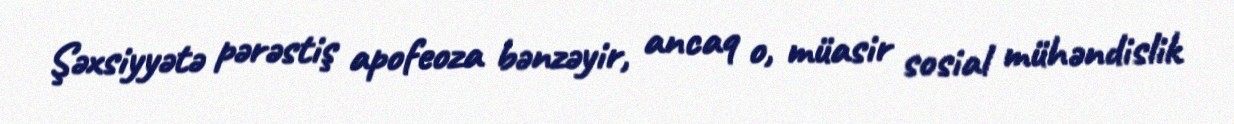
Şəxsiyyətə pərəstiş apofeoza bənzəyir, ancaq o, müasir sosial mühəndislik